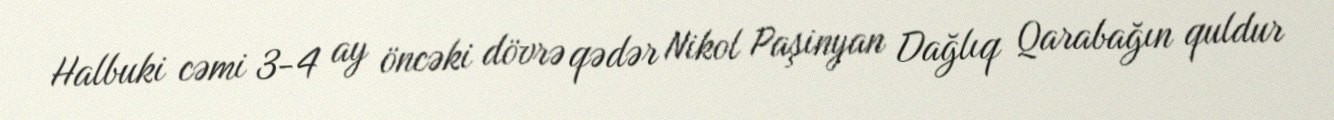
Halbuki cəmi 3-4 ay öncəki dövrə qədər Nikol Paşinyan Dağlıq Qarabağın quldur